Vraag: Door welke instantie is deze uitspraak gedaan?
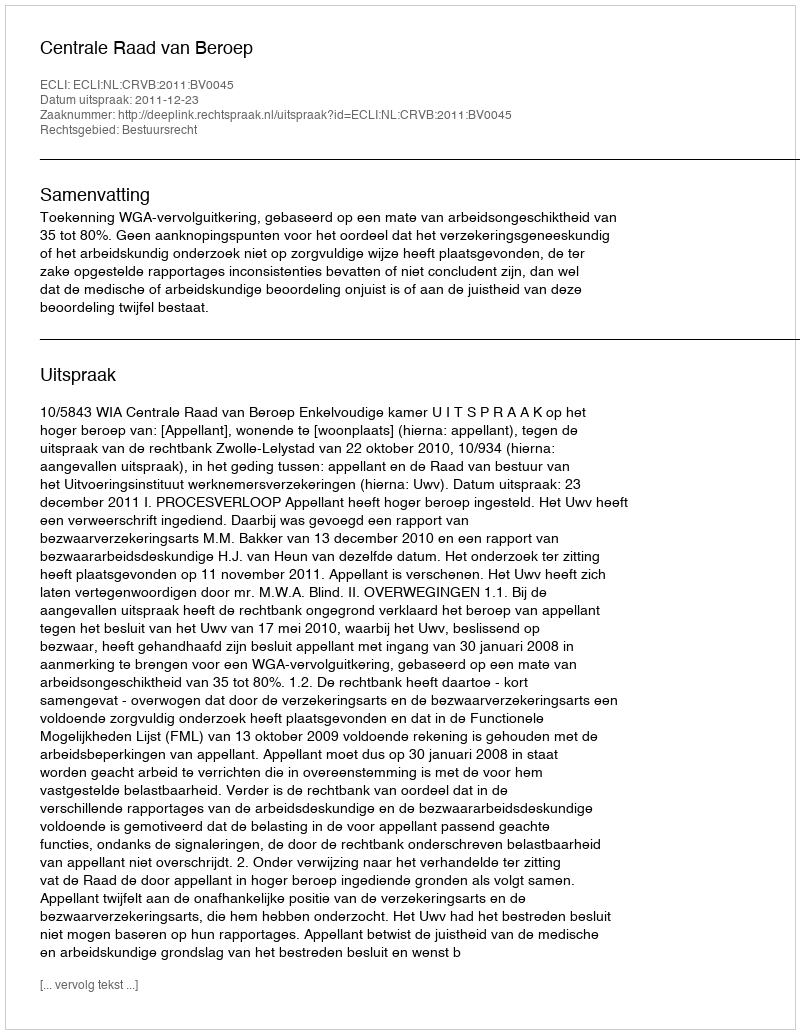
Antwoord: Centrale Raad van Beroep